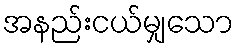
အနည်းငယ်မျှသော